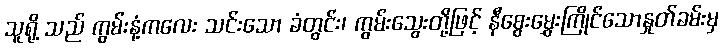
သူရို့ သည် ကွမ်းနံ့ကလေး သင်းသော ခံတွင်း၊ ကွမ်းသွေးတို့ဖြင့် နီစွေးမွှေးကြိုင်သောနှုတ်ခမ်းမှ